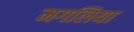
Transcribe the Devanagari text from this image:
मगलिया